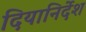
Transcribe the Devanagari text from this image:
दियानिर्देश